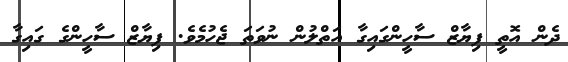
ދެން އޮތީ ފިޔާޒް ސާހީންގައިގާ އަތްލުން ނުވަތަ ޖެހުމެވެ. ފިޔާޒް ސާހީންގެ ގައިގާ